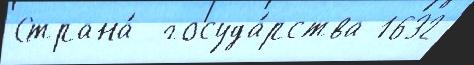
Страна́  госуда́рства 1632